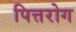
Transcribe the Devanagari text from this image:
पित्तरोग